Vaccination United Provinces of Agra and Oudh 1923-1928 - 1923-1928
Year: 1923
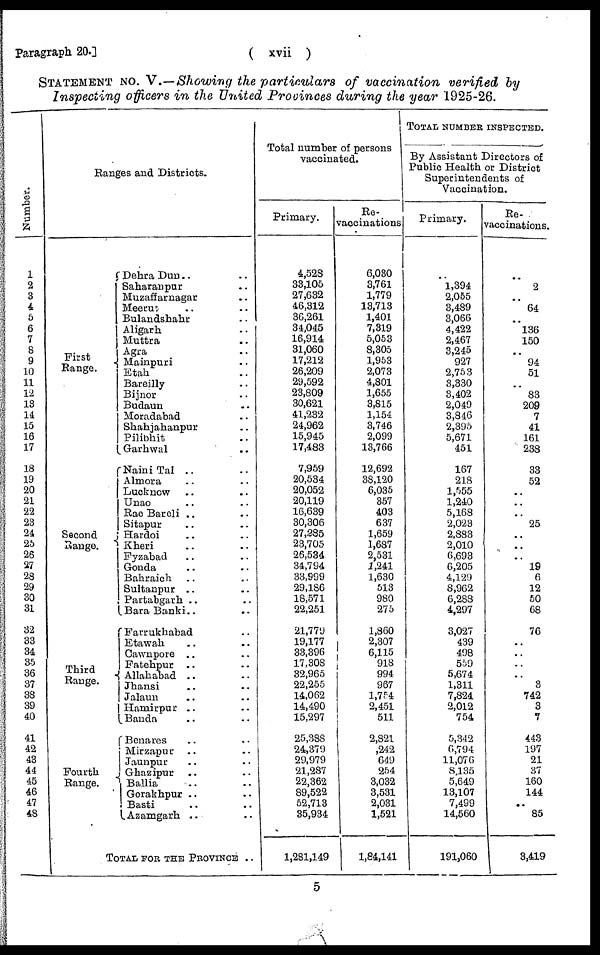
Paragraph 20.]
( xvii )
STATEMENT NO. V.—Showing the particulars of vaccination verified by
Inspecting officers in the United Provinces during the year 1925-26.
Number.
1
2
3
4
5
6
7
8
9
10
11
12
13
14
15
16
17
18
19
20
21
22
23
24
25
26
27
28
29
30
31
32
33
34
35
36
37
38
39
40
41
42
43
44
45
46
47
48
Ranges and Districts.
First
Range.
Second
Range.
Third
Range.
Fourth
Range.
Dehra Dun .. ..
Saharanpur .. ..
Muzaffarnagar .. ..
Meerut .. ..
Bulandshahr .. ..
Aligarh .. ..
Muttra .. ..
Agra .. ..
Mainpuri .. ..
Etah .. ..
Bareilly .. ..
Bijnor .. ..
Budaun .. ..
Moradabad .. ..
Shahjahanpur .. ..
Pilibhit .. ..
Garhwal .. ..
Naini Tal .. ..
Almora .. ..
Lucknow .. ..
Unao .. ..
Rae Bareli .. ..
Sitapur .. ..
Hardoi .. ..
Kheri .. ..
Fyzabad .. ..
Gonda .. ..
Bahraich .. ..
Sultanpur .. ..
Partabgarh .. ..
Bara Banki .. ..
Farrukhabad .. ..
Etawah .. ..
Cawnpore .. ..
Fatehpur .. ..
Allahabad .. ..
Jhansi .. ..
Jalaun .. ..
Hamirpur .. ..
Banda .. ..
Benares .. ..
Mirzapur .. ..
Jaunpur .. ..
Ghazipur .. ..
Ballia .. ..
Gorakhpur .. ..
Basti .. ..
Azamgarh .. ..
TOTAL FOR THE PROVINCE ..
Total number of persons
vaccinated.
Primary.
4,528
33,105
27,632
46,312
36,261
34,045
16,914
31,060
17,212
26,209
29,592
23,809
30,621
41,232
24,962
15,945
17,483
7,959
20,534
20,052
20,119
16,639
30,306
27,285
23,705
26,534
34,794
33,999
29,186
18,571
22,251
21,779
19,177
33,396
17,308
32,965
22,255
14,062
14,490
15,297
25,388
24,379
29,979
21,287
22,362
89,522
52,713
35,934
1,281,149
Re-
vaccinations.
6,030
3,761
1,779
13,713
1,401
7,319
5,053
8,305
1,953
2,073
4,801
1,655
3,815
1,154
3,746
2,099
13,766
12,692
38,120
6,035
357
403
637
1,659
1,687
2,531
1,241
1,630
513
980
275
1,860
2,307
6,115
918
994
967
1,754
2,451
511
2,821
242
649
254
3,032
3,531
2,031
1,521
1,84,141
TOTAL NUMBER INSPECTED.
By Assistant Directors of
Public Health or District
Superintendents of
Vaccination.
Primary.
..
1,394
2,055
3,489
3,066
4,422
2,467
3,245
927
2,753
3,330
3,402
2,049
3,846
2,395
5,671
451
167
218
1,555
1,240
5,168
2,023
2,883
2,010
6,693
6,205
4,129
8,962
6,288
4,297
3,027
439
498
559
5,674
1,311
7,824
2,012
754
5,342
6,794
11,076
8,135
5,649
13,107
7,499
14,560
191,060
Re-
vaccinations.
..
2
.. 64
..
136
150
..
94
51
..
83
209
7
41
161
238
33
52
..
..
..
25
..
..
..
19
6
12
50
68
76
..
..
..
..
3
742
3
7
443
197
21
37
160
144
.. 85
3,419
5